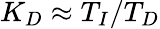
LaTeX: K_{D}\approx T_{I}/T_{D}